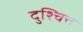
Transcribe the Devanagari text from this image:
दुश्चित्त